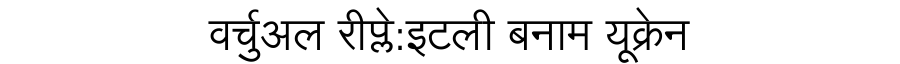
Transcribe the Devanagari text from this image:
वर्चुअल रीप्ले:इटली बनाम यूक्रेन